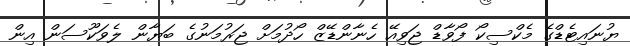
ޔުނައިޓެޑްގެ މެކްސިކޯ ފޯވާޑް ޖަވިއޭ ހެނާންޑޭޒް ހޯދުމަށް ޖަރުމަނުގެ ބަޔާން ލެވަކޫސަން އިން